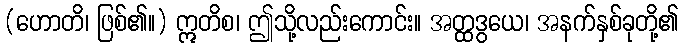
(ဟောတိ၊ ဖြစ်၏။) ဣတိစ၊ ဤသို့လည်းကောင်း။ အတ္ထဒွယေ၊ အနက်နှစ်ခုတို့၏